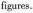
figures.